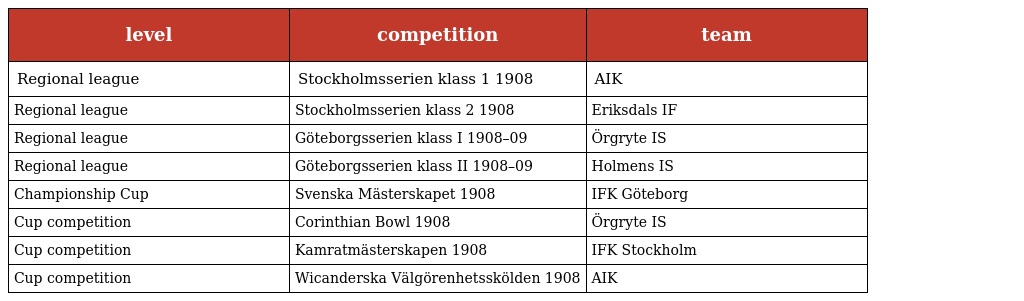
| level | competition | team |
 | --- | --- | --- |
 | Regional league | Stockholmsserien klass 1 1908 | AIK |
 | Regional league | Stockholmsserien klass 2 1908 | Eriksdals IF |
 | Regional league | Göteborgsserien klass I 1908–09 | Örgryte IS |
 | Regional league | Göteborgsserien klass II 1908–09 | Holmens IS |
 | Championship Cup | Svenska Mästerskapet 1908 | IFK Göteborg |
 | Cup competition | Corinthian Bowl 1908 | Örgryte IS |
 | Cup competition | Kamratmästerskapen 1908 | IFK Stockholm |
 | Cup competition | Wicanderska Välgörenhetsskölden 1908 | AIK |